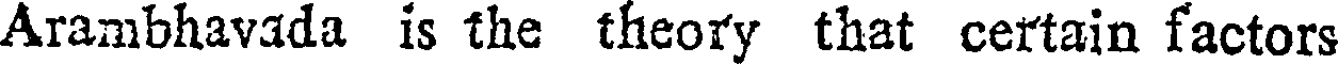
Arambhavada is the theory that certain factors